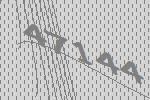
47144